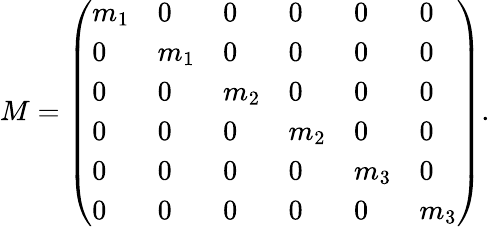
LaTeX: M=\left(\begin{array}{llllll}{m_{1}}&{0}&{0}&{0}&{0}&{0}\\ {0}&{m_{1}}&{0}&{0}&{0}&{0}\\ {0}&{0}&{m_{2}}&{0}&{0}&{0}\\ {0}&{0}&{0}&{m_{2}}&{0}&{0}\\ {0}&{0}&{0}&{0}&{m_{3}}&{0}\\ {0}&{0}&{0}&{0}&{0}&{m_{3}}\end{array}\right).